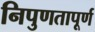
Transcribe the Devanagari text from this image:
निपुणतापूर्ण